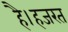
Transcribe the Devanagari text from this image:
है।हजरत